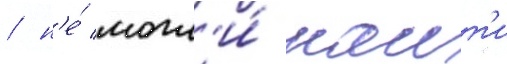
/ н'е́ могл'и́ наит'и